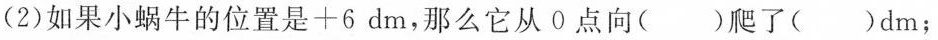
(2)如果小蜗牛的位置是+6dm，那么它从0点向()爬了()dm；